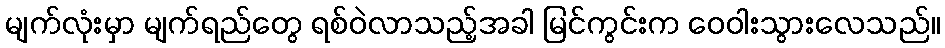
မျက်လုံးမှာ မျက်ရည်တွေ ရစ်ဝဲလာသည့်အခါ မြင်ကွင်းက ဝေဝါးသွားလေသည်။